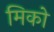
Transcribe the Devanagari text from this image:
मिको